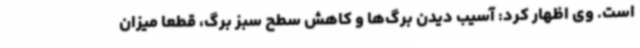
است. وی اظهار کرد: آسیب دیدن برگ‌ها و کاهش سطح سبز برگ، قطعا میزان